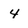
Character: 4